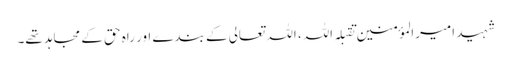
شہید امیرالمؤمنین تقبلہ اللہ، اللہ تعالی کے بندے اور راہ حق کے مجاہد تھے۔